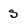
Character: s